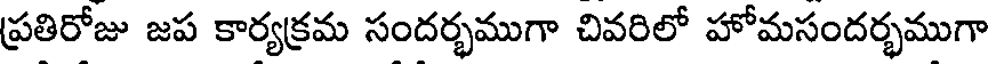
ప్రతిరోజు జప కార్యక్రమ సందర్భముగా చివరిలో హోమసందర్భముగా